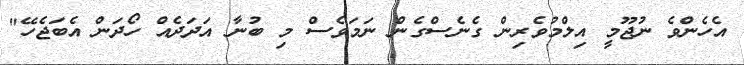
އެހެންވެ ނުޖޫމީ އިލްމުވެރިން ގެނެސްގެން ނަމަވެސް މި ބުނާ އަދަދެއް ހޯދަން އެބަޖެހޭ"